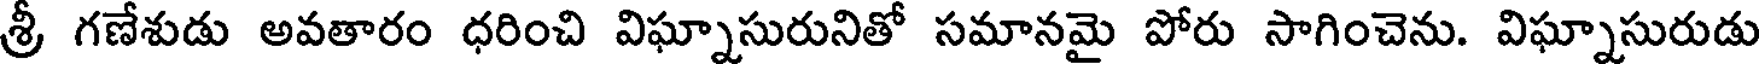
శ్రీ గణేశుడు అవతారం ధరించి విఘ్నాసురునితో సమానమై పోరు సాగించెను. విఘ్నాసురుడు